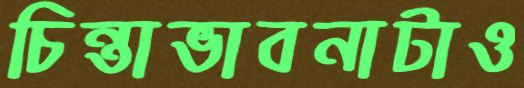
চিন্তাভাবনাটাও